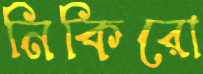
নিকিরো